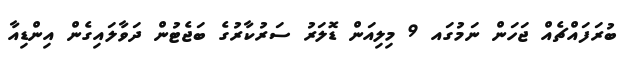
ބުރަފައްޗެއް ޖަހަން ނަމުގައ 9 މިލިއަން ޑޮލަރު ސަރުކާރުގެ ބަޖެޓުން ދަވާލައިގެން އިންޑިއާ